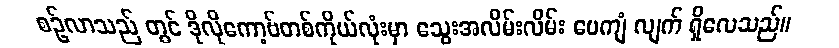
စဉ်လာသည် တွင် ဒိုလိုကော့ဗ်တစ်ကိုယ်လုံးမှာ သွေးအလိမ်းလိမ်း ပေကျံ လျက် ရှိလေသည်။